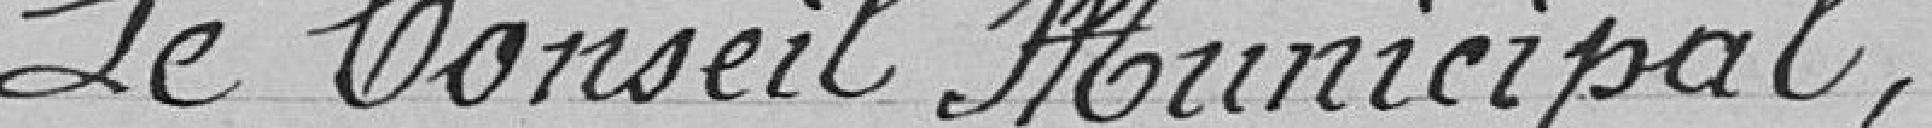
Le Conseil Municipal,